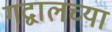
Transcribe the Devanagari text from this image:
गद्वालच्या